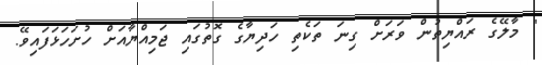
" މާލޭގެ ރައްޔިތުން ވަރަށް ގިނަ ތަކެތި ހަދިޔާގެ ގޮތުގައި ޖަމިއްޔާއަށް ހުށަހަޅަފައިވޭ.